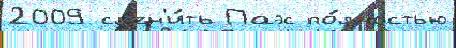
2009 см'ен'и́ть Паэс по́лностью